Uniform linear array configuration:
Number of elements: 8
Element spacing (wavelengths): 1
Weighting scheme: blackman
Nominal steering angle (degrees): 60
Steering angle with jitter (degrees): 60.754
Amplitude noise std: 0.05
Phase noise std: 0.05

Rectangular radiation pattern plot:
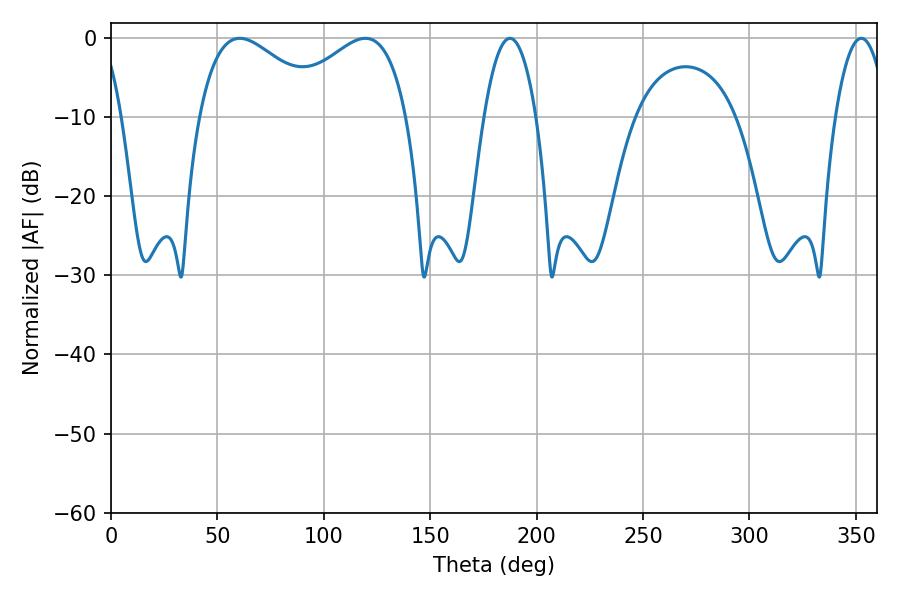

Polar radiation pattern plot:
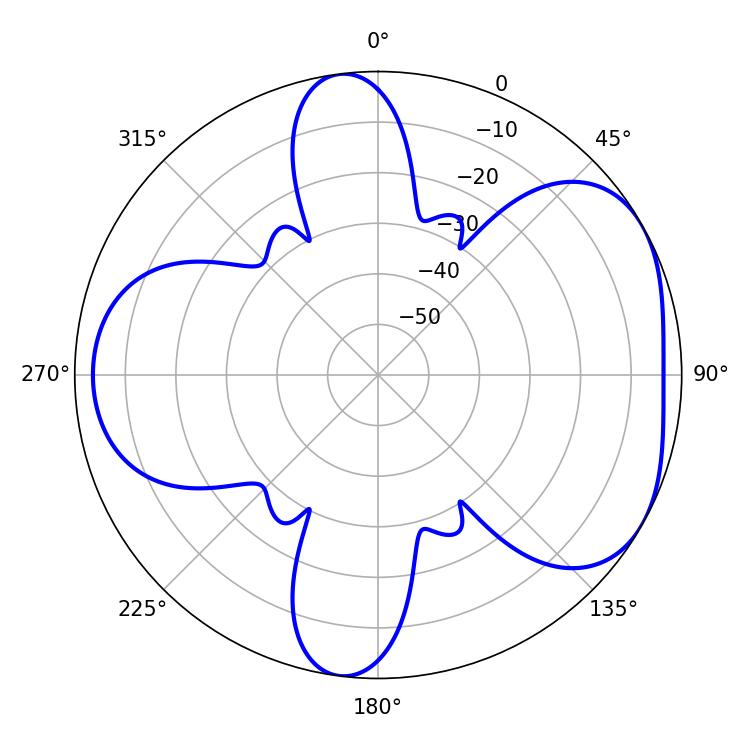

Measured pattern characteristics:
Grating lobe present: TRUE
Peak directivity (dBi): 4.807
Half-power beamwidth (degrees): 32.58
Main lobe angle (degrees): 60.48